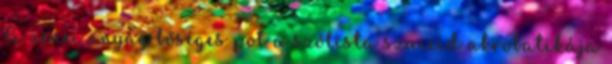
A zenei anyag bőséges pot a szólista szuicid akrobatikája